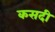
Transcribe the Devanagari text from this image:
कसदी